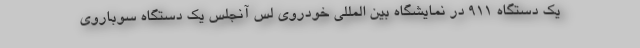
یک دستگاه 911 در نمایشگاه بین المللی خودروی لس آنجلس یک دستگاه سوباروی